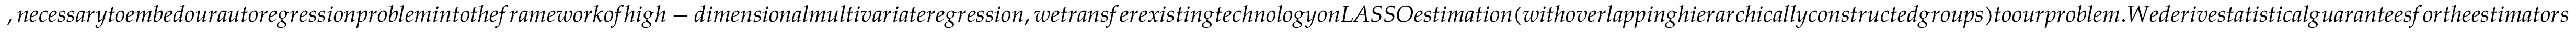
, n e c e s s a r y t o e m b e d o u r a u t o r e g r e s s i o n p r o b l e m i n t o t h e f r a m e w o r k o f h i g h - d i m e n s i o n a l m u l t i v a r i a t e r e g r e s s i o n , w e t r a n s f e r e x i s t i n g t e c h n o l o g y o n L A S S O e s t i m a t i o n ( w i t h o v e r l a p p i n g h i e r a r c h i c a l l y c o n s t r u c t e d g r o u p s ) t o o u r p r o b l e m . W e d e r i v e s t a t i s t i c a l g u a r a n t e e s f o r t h e e s t i m a t o r s